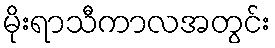
မိုးရာသီကာလအတွင်း